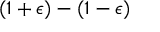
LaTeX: ( 1 + \epsilon ) - ( 1 - \epsilon )